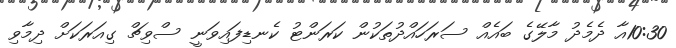
10:30އާ ދެމެދު މާލޭގެ ބައެއް ސަރަހައްދުތަކުން ކަރަންޓު ކެނޑިފައިވަނީ ސްވިޗް ގިއަރަކަށް ދިމާވި